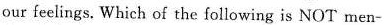
our feelings. Which of the follcwing is NOT men-